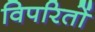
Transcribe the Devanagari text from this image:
विपरितों